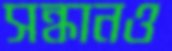
সন্ধানও